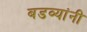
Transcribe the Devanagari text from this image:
बडव्यांनी